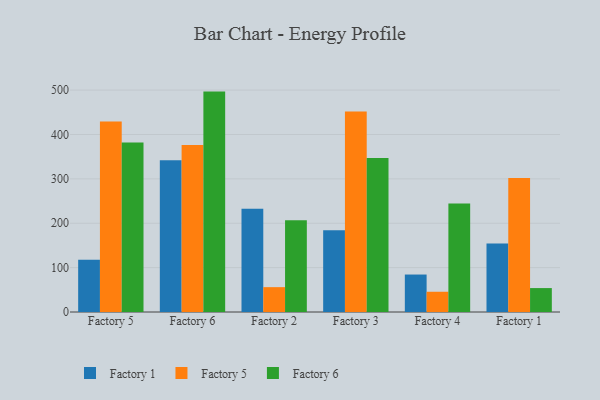
{"axis": {"x": "Factory", "y": "Temperature (°C)"}, "legend": ["Factory 1", "Factory 5", "Factory 6"], "data": [{"x": "Factory 5", "y": 117.8, "type": "Factory 1"}, {"x": "Factory 5", "y": 429.3, "type": "Factory 5"}, {"x": "Factory 5", "y": 382.1, "type": "Factory 6"}, {"x": "Factory 6", "y": 342.0, "type": "Factory 1"}, {"x": "Factory 6", "y": 376.4, "type": "Factory 5"}, {"x": "Factory 6", "y": 496.6, "type": "Factory 6"}, {"x": "Factory 2", "y": 232.4, "type": "Factory 1"}, {"x": "Factory 2", "y": 56.0, "type": "Factory 5"}, {"x": "Factory 2", "y": 206.5, "type": "Factory 6"}, {"x": "Factory 3", "y": 184.2, "type": "Factory 1"}, {"x": "Factory 3", "y": 451.9, "type": "Factory 5"}, {"x": "Factory 3", "y": 346.9, "type": "Factory 6"}, {"x": "Factory 4", "y": 84.4, "type": "Factory 1"}, {"x": "Factory 4", "y": 45.6, "type": "Factory 5"}, {"x": "Factory 4", "y": 244.2, "type": "Factory 6"}, {"x": "Factory 1", "y": 154.2, "type": "Factory 1"}, {"x": "Factory 1", "y": 301.7, "type": "Factory 5"}, {"x": "Factory 1", "y": 53.9, "type": "Factory 6"}]}